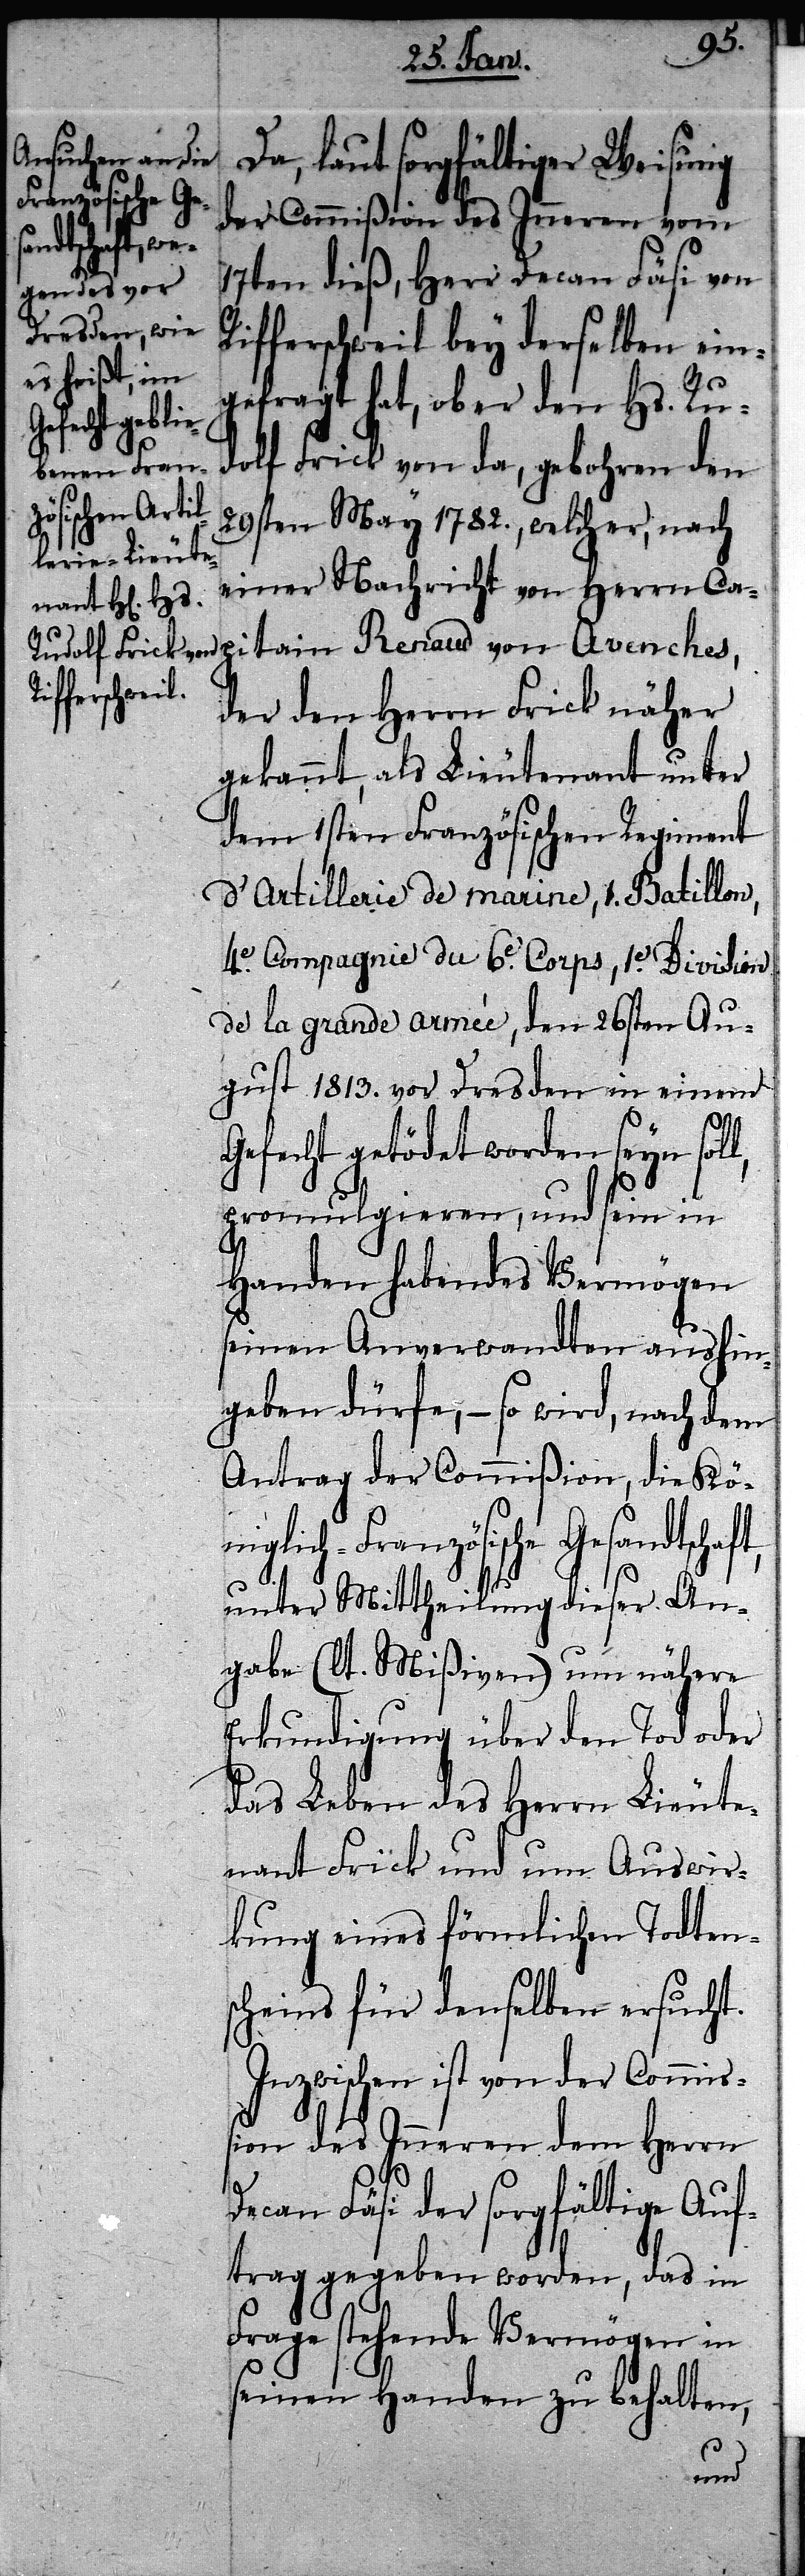
Da, laut sorgfältiger Weisung
der Commißion des Inneren vom
17ten dieß, Herr Decan Fäsi von
Rifferschweil bey derselben ein¬
gefragt hat, ob er den Hs. Ru¬
pitai¬
dolf Frick von da, gebohren den
29sten May 1782., welcher, nach
einer Nachricht von Herrn Ca¬
der den Herrn Frick näher
gekannt, als Lieutenant unter
dem 1sten Französischen Regiment
d’Artillerie de marine, 1. Batillon,
4e. Compagnie du 6e. Corps, 1e. Division
de la grande armée, den 26sten Au¬
gust 1813. vor Dresden in einem
Gefecht getödet worden seyn soll,
promulgieren, und sein in
Handen habendes Vermögen
seinen Anverwandten aushin¬
geben dürfe, – so wird, nach dem
Antrag der Commißion, die Kö¬
sche Gesandtschaft,
unter Mittheilung dieser An¬
gabe (lt. Mißiven) um nähere
Erkundigung über den Tod oder
das Leben des Herrn Lieute¬
nant Frick und um Auswir¬
kung eines förmlichen Todtens¬
cheins für denselben ersucht.
Inzwischen ist von der Commiß¬
ion des Inneren dem Herrn
Decan Fäsi der sorgfältige Auf¬
trag gegeben worden, das in
Frage stehende Vermögen in
seinen Handen zu behalten,